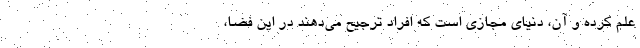
علم کرده و آن، دنیای مجازی است که افراد ترجیح می‌دهند در این فضا،